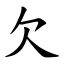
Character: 欠